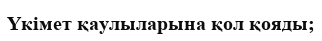
Үкімет қаулыларына қол қояды;